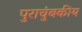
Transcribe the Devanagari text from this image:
पुराचुंबकीय